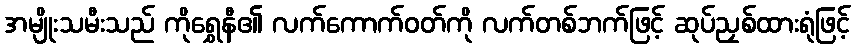
အမျိုးသမီးသည် ကိုရွှေနီ၏ လက်ကောက်ဝတ်ကို လက်တစ်ဘက်ဖြင့် ဆုပ်ညှစ်ထားရုံဖြင့်